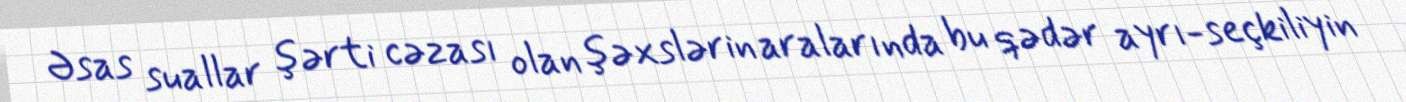
Əsas suallar şərti cəzası olan şəxslərin aralarında bu qədər ayrı-seçkiliyin